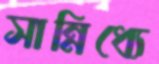
সান্নিধ্যে